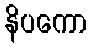
နိပကော